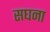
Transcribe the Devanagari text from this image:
सघना